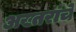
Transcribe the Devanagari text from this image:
अख्तरांचे